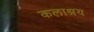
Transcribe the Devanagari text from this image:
कलाश्रय